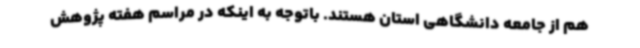
هم از جامعه دانشگاهی استان هستند. باتوجه به اینکه در مراسم هفته پژوهش